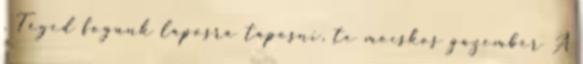
. Téged fogunk laposra taposni, te mocskos gazember A